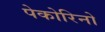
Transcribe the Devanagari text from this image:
पेकोरिनो